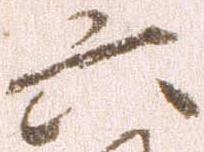
六